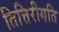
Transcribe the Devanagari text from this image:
तित्तिरीगति